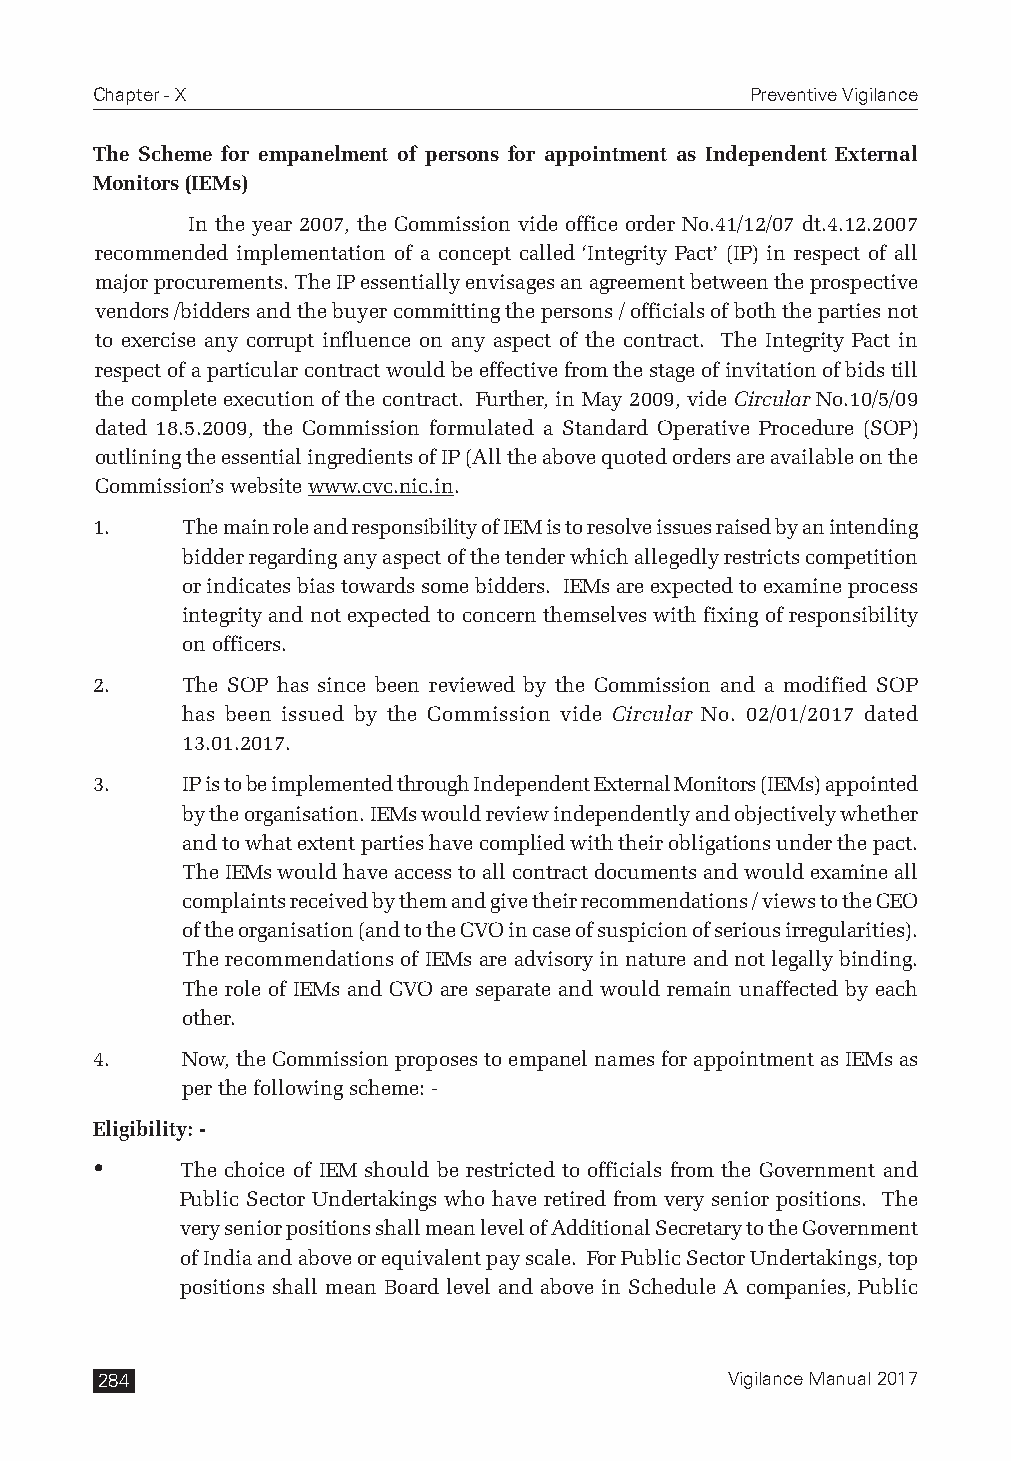
Chapter - X                                 Preventive Vigilance
 The Scheme for empanelment of persons for appointment as Independent External
 Monitors (IEMs)
 In the year 2007, the Commission vide office order No.41/12/07 dt.4.12.2007
 recommended implementation of a concept called ‘Integrity Pact’ (IP) in respect of all
 major procurements. The IP essentially envisages an agreement between the prospective
 vendors /bidders and the buyer committing the persons / officials of both the parties not
 to exercise any corrupt influence on any aspect of the contract. The Integrity Pact in
 respect of a particular contract would be effective from the stage of invitation of bids till
 the complete execution of the contract. Further, in May 2009, vide Circular No.10/5/09
 dated 18.5.2009, the Commission formulated a Standard Operative Procedure (SOP)
 outlining the essential ingredients of IP (All the above quoted orders are available on the
 Commission’s website www.cvc.nic.in.
 1.    The main role and responsibility of IEM is to resolve issues raised by an intending
 bidder regarding any aspect of the tender which allegedly restricts competition
 or indicates bias towards some bidders. IEMs are expected to examine process
 integrity and not expected to concern themselves with fixing of responsibility
 on officers.
 2.    The SOP has since been reviewed by the Commission and a modified SOP
 has been issued by the Commission vide Circular No. 02/01/2017 dated
 13.01.2017.
 3.    IP is to be implemented through Independent External Monitors (IEMs) appointed
 by the organisation. IEMs would review independently and objectively whether
 and to what extent parties have complied with their obligations under the pact.
 The IEMs would have access to all contract documents and would examine all
 complaints received by them and give their recommendations / views to the CEO
 of the organisation (and to the CVO in case of suspicion of serious irregularities).
 The recommendations of IEMs are advisory in nature and not legally binding.
 The role of IEMs and CVO are separate and would remain unaffected by each
 other.
 4.    Now, the Commission proposes to empanel names for appointment as IEMs as
 per the following scheme: -
 Eligibility: -
      The choice of IEM should be restricted to officials from the Government and
 Public Sector Undertakings who have retired from very senior positions. The
 very senior positions shall mean level of Additional Secretary to the Government
 of India and above or equivalent pay scale. For Public Sector Undertakings, top
 positions shall mean Board level and above in Schedule A companies, Public
 284                                       Vigilance Manual 2017